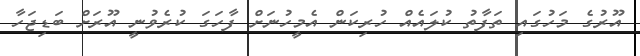
އޫރުގެ މަހުގައި ތަފާތު ކުލައެއް ހުރިކަން އެމީހުނަށް ފާހަގަ ކުރެވުނީ އޫރަށް ބަޑިޖަހާ